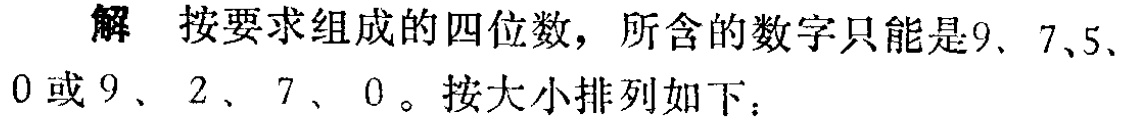
解 按要求组成的四位数，所含的数字只能是9、7、5、0或9、2、7、0。按大小排列如下：